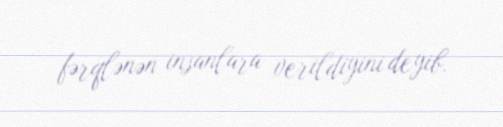
fərqlənən insanlara verildiyini deyib.